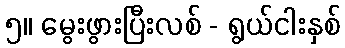
၅။ မွေးဖွားပြီးလစ် - ရွယ်ငါးနှစ်